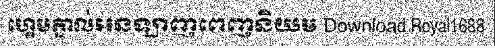
ហ្គេមភ្នាល់អនឡាញពេញនិយម Download Royal1688